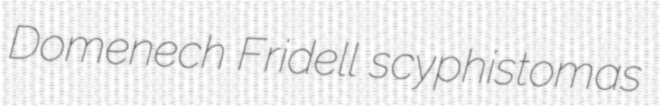
Domenech Fridell scyphistomas